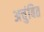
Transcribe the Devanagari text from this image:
अचुंबित